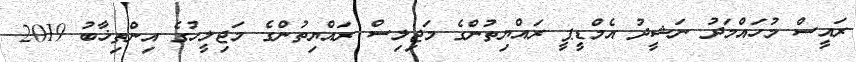
ރައީސް މުހައްމަދު ނަޝީދު އެމްޑީޕީ ރައްޔިތުންގެ މަޖިލިސް ރައްޔިތުންގެ މަޖިލީހުގެ އިންތިޚާބު 2019